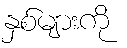
နှစ်များကို